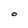
Character: O